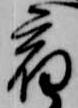
宿